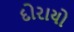
દોરાયો